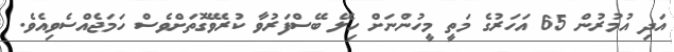
އަދި އުމުރުން 65 އަހަރުގެ މަތީ މީހުންނަށް ހިލޭ ބޭސްފަރުވާ ކުރެވޭގޮތަށްވެސް ހަމަޖެއްސެވިއެވެ.